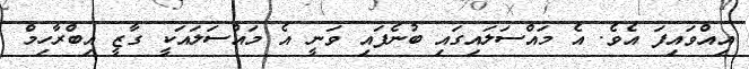
އިއްވައިފަ އެވެ. އެ މައްސަލައިގައި ބުނެފައި ވަނީ އެ މައްސަލައަކީ ގާޒީ އިބްރާހިމް